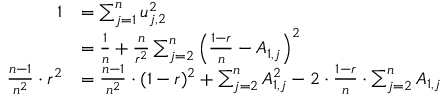
\begin{array} { r l } { 1 } & { = \sum _ { j = 1 } ^ { n } u _ { j , 2 } ^ { 2 } } \\ & { = \frac { 1 } { n } + \frac { n } { r ^ { 2 } } \sum _ { j = 2 } ^ { n } \left( \frac { 1 - r } { n } - A _ { 1 , j } \right) ^ { 2 } } \\ { \frac { n - 1 } { n ^ { 2 } } \cdot r ^ { 2 } } & { = \frac { n - 1 } { n ^ { 2 } } \cdot ( 1 - r ) ^ { 2 } + \sum _ { j = 2 } ^ { n } A _ { 1 , j } ^ { 2 } - 2 \cdot \frac { 1 - r } { n } \cdot \sum _ { j = 2 } ^ { n } A _ { 1 , j } } \end{array}